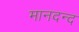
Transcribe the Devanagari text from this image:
मानदन्द